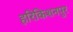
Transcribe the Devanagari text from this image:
हरिकिशनपुर